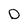
Character: O